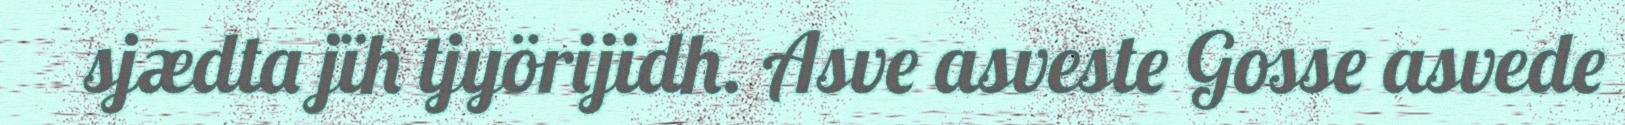
sjædta jïh tjyörijidh. Asve asveste Gosse asvede